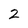
Character: 2